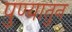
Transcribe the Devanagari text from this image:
पुण्यातुन